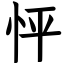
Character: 怦